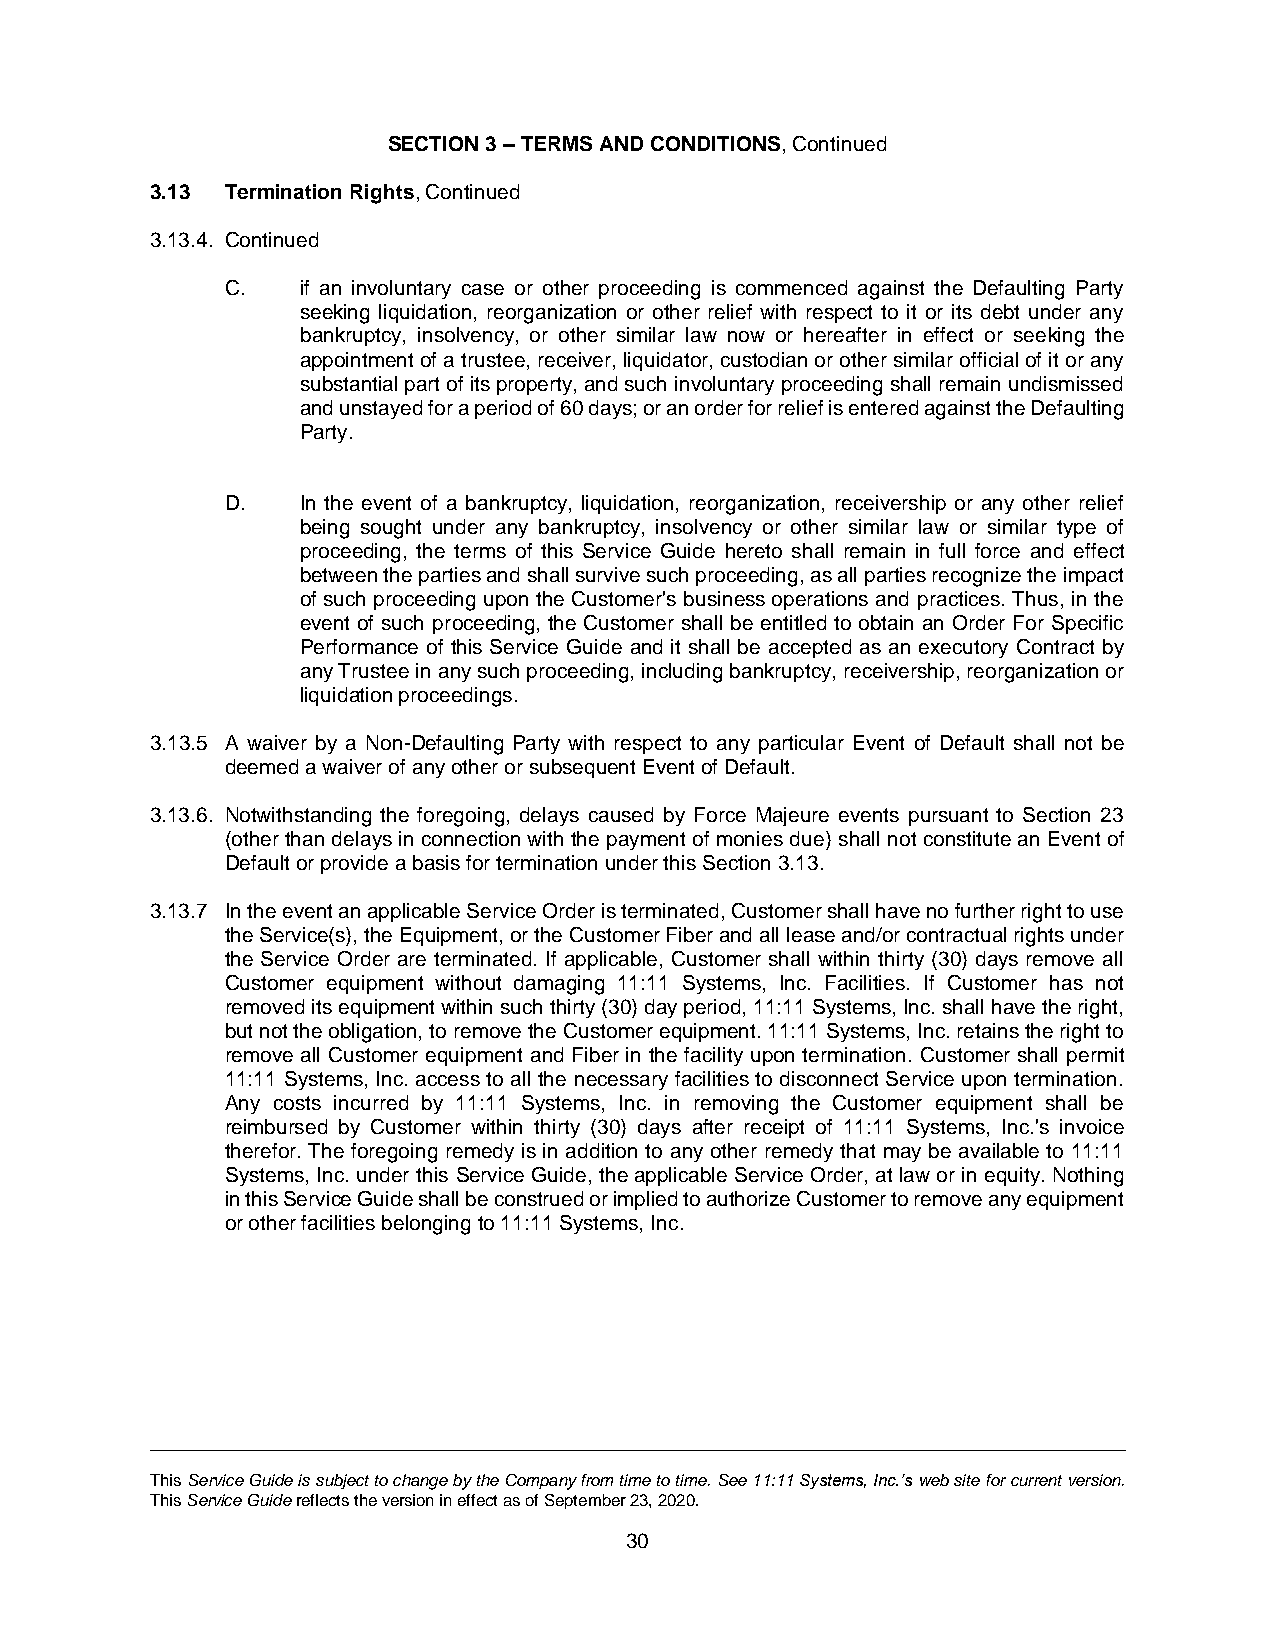
SECTION 3 – TERMS AND CONDITIONS, Continued
 3.13 Termination Rights, Continued
 3.13.4. Continued
 C.   if an involuntary case or other proceeding is commenced against the Defaulting Party
 seeking liquidation, reorganization or other relief with respect to it or its debt under any
 bankruptcy, insolvency, or other similar law now or hereafter in effect or seeking the
 appointment of a trustee, receiver, liquidator, custodian or other similar official of it or any
 substantial part of its property, and such involuntary proceeding shall remain undismissed
 and unstayed for a period of 60 days; or an order for relief is entered against the Defaulting
 Party.
 D.   In the event of a bankruptcy, liquidation, reorganization, receivership or any other relief
 being sought under any bankruptcy, insolvency or other similar law or similar type of
 proceeding, the terms of this Service Guide hereto shall remain in full force and effect
 between the parties and shall survive such proceeding, as all parties recognize the impact
 of such proceeding upon the Customer's business operations and practices. Thus, in the
 event of such proceeding, the Customer shall be entitled to obtain an Order For Specific
 Performance of this Service Guide and it shall be accepted as an executory Contract by
 any Trustee in any such proceeding, including bankruptcy, receivership, reorganization or
 liquidation proceedings.
 3.13.5 A waiver by a Non-Defaulting Party with respect to any particular Event of Default shall not be
 deemed a waiver of any other or subsequent Event of Default.
 3.13.6. Notwithstanding the foregoing, delays caused by Force Majeure events pursuant to Section 23
 (other than delays in connection with the payment of monies due) shall not constitute an Event of
 Default or provide a basis for termination under this Section 3.13.
 3.13.7 In the event an applicable Service Order is terminated, Customer shall have no further right to use
 the Service(s), the Equipment, or the Customer Fiber and all lease and/or contractual rights under
 the Service Order are terminated. If applicable, Customer shall within thirty (30) days remove all
 Customer equipment without damaging 11:11 Systems, Inc. Facilities. If Customer has not
 removed its equipment within such thirty (30) day period, 11:11 Systems, Inc. shall have the right,
 but not the obligation, to remove the Customer equipment. 11:11 Systems, Inc. retains the right to
 remove all Customer equipment and Fiber in the facility upon termination. Customer shall permit
 11:11 Systems, Inc. access to all the necessary facilities to disconnect Service upon termination.
 Any costs incurred by 11:11 Systems, Inc. in removing the Customer equipment shall be
 reimbursed by Customer within thirty (30) days after receipt of 11:11 Systems, Inc.'s invoice
 therefor. The foregoing remedy is in addition to any other remedy that may be available to 11:11
 Systems, Inc. under this Service Guide, the applicable Service Order, at law or in equity. Nothing
 in this Service Guide shall be construed or implied to authorize Customer to remove any equipment
 or other facilities belonging to 11:11 Systems, Inc.
 This Service Guide is subject to change by the Company from time to time. See 11:11 Systems, Inc.’s web site for current version.
 This Service Guide reflects the version in effect as of September 23, 2020.
 30